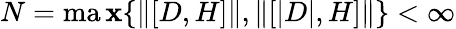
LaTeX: N=\operatorname*{ma\mathbf{x}}\{ \| [D,H]\| ,\| [|D|,H]\| \} <\infty